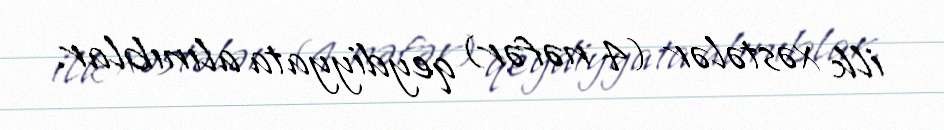
ilk xəstələr (4 nəfər) qeydiyyata alınıblar.